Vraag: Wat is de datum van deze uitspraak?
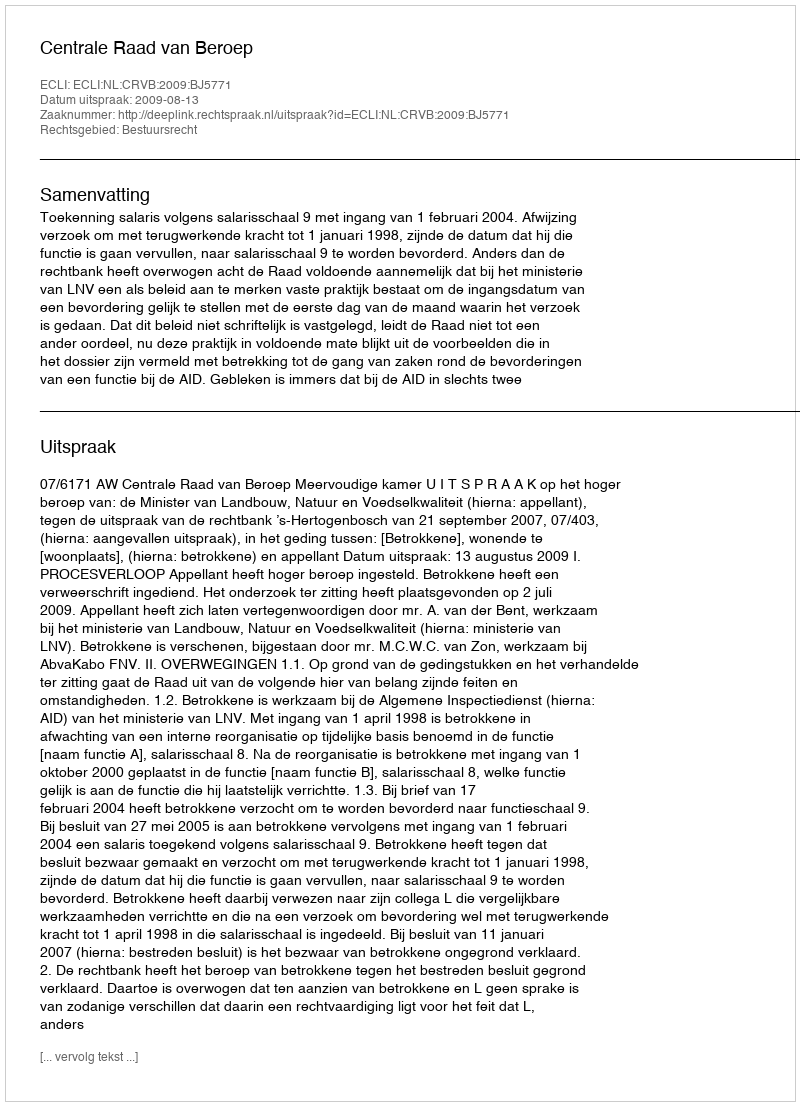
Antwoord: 2009-08-13